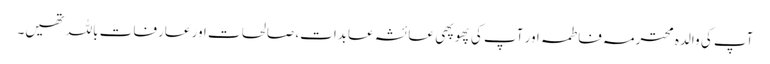
آپ کی والدہ محترمہ فاطمہ اور آپ کی پھوپھی عائشہ عابدات، صالحات اور عارفات باللہ تھیں۔